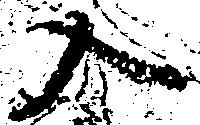
入